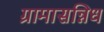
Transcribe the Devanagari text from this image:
ग्रामासन्निध